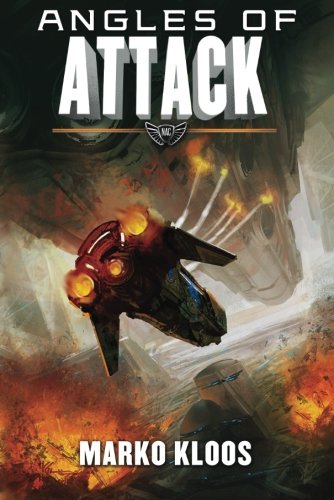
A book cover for Angles of Attack (Frontlines); Marko Kloos; Science Fiction & Fantasy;